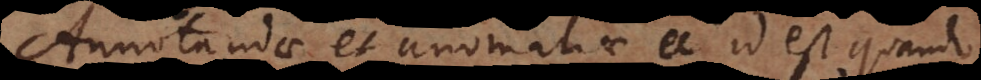
Annotandae et anomaliae, id est, qua